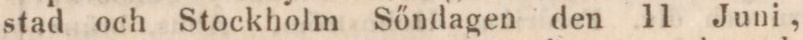
stad och Stockholm Sőndagen den 11 Juni,